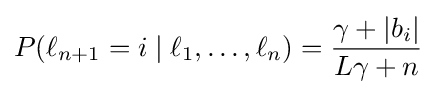
P(\ell _{n+1}=i\mid \ell _{1},\ldots ,\ell _{n})={\frac {\gamma +\left|{b_{i}}\right|}{L\gamma +n}}